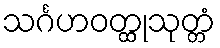
သင်္ဂဟဝတ္ထုသုတ္တံ